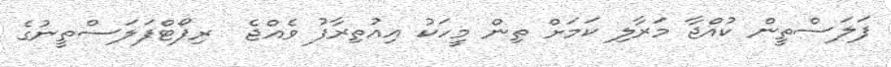
ފަލަސްތީން ކުއްޖާ މަރާލި ކަމަށް ތިން މީހަކު އިއުތިރާފު ވެއްޖެ  ރިޕޯޓްފަލަސްތީނުގެ